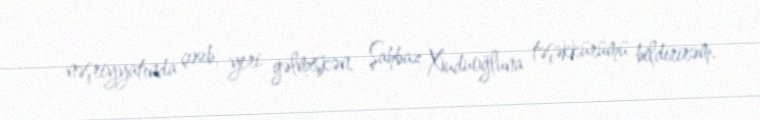
nəşriyyatında çıxıb, yeri gəlmişkən, Şahbaz Xuduoğluna təşəkkürümü bildirirəm.